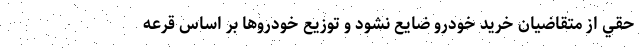
حقي از متقاضيان خريد خودرو ضایع نشود و توزيع خودروها بر اساس قرعه